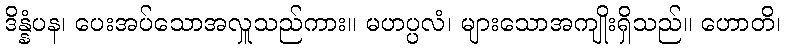
ဒိန္နံပန၊ ပေးအပ်သောအလှူသည်ကား။ မဟပ္ပလံ၊ များသောအကျိုးရှိသည်။ ဟောတိ၊